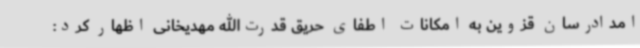
امدادرسان قزوین به امکانات اطفای حریق قدرت‌الله مهدیخانی اظهار کرد: